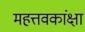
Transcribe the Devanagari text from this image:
महत्तवकांक्षा